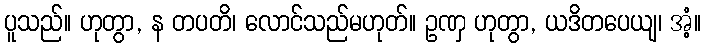
ပူသည်။ ဟုတွာ, န တပတိ၊ လောင်သည်မဟုတ်။ ဥဏှ ဟုတွာ, ယဒိတပေယျ၊ အံ့။